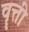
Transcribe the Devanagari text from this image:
वॄत्ती